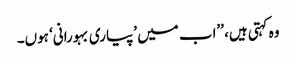
وہ کہتی ہیں، ’’اب میں ’پیاری بہورانی‘ ہوں۔